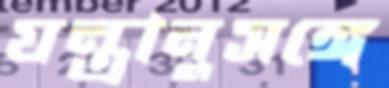
যন্ত্রানুসঙ্গে